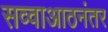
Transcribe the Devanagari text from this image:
सव्वाआठनंतर